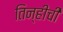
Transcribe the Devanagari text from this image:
तिन्हीची